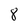
Character: 8